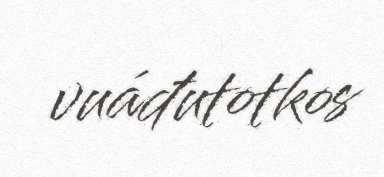
vuáđutotkos